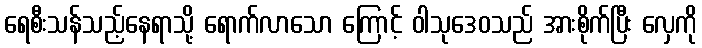
ရေစီးသန်သည့်နေရာသို့ ရောက်လာသော ကြောင့် ဝါသုဒေဝသည် အားစိုက်ပြီး လှေကို